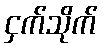
ငှက်သိုက်